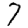
Digit: 7